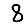
Digit: 8